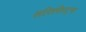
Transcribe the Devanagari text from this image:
सल्तिसिस्ट्स